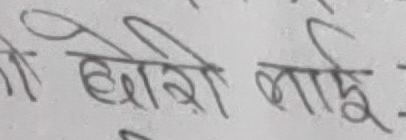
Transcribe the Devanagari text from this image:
छोरी भाई